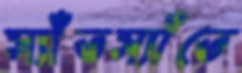
স্যাঁতস্যাঁতে